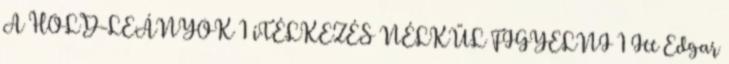
A HOLD-LEÁNYOK 1 íTÉLKEZÉS NÉLKÜL FIGYELNI 1 Itt Edgar